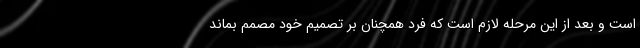
است و بعد از این مرحله لازم است که فرد همچنان بر تصمیم خود مصمم بماند